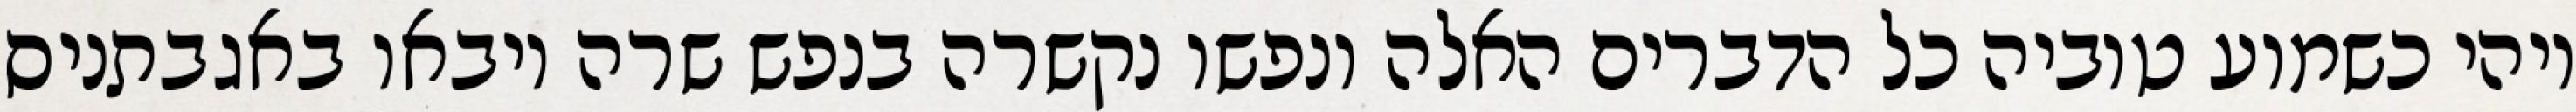
ויהי כשמוע טוביה כל הדברים האלה ונפשו נקשרה בנפש שרה ויבאו באגבתניס